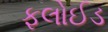
ફલોઈડ